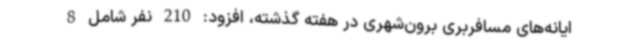
ایانه‌های مسافربری برون‌شهری در هفته گذشته، افزود: 210 نفر شامل 8